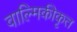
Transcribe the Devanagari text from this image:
वाल्मिकीकृत